Indian journal of veterinary science and animal husbandry - Volumes 22-23, 1952-1953
Year: 1952
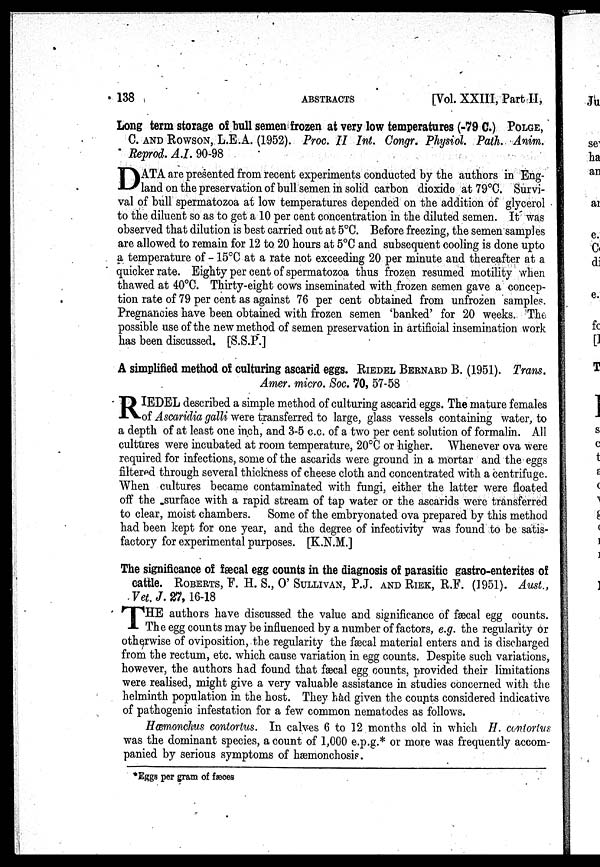
138
ABSTRACTS
[Vol. XXIII, Part II,
Long term storage of bull semen frozen at very low temperatures (-79 C.) POLGE,
C. AND ROWSON, L.E.A. (1952). Proc. II Int. Congr. Physiol. Path. Anim.
Reprod. A.I. 90-98
D ATA are presented from recent experiments conducted by the authors in Eng-
land on the preservation of bull semen in solid carbon dioxide at 79°C. Survi-
val of bull spermatozoa at low temperatures depended on the addition of glycerol
to the diluent so as to get a 10 per cent concentration in the diluted semen. It was
observed that dilution is best carried out at 5°C. Before freezing, the semen samples
are allowed to remain for 12 to. 20 hours at 5°C and subsequent cooling is done upto
a temperature of -15°C at a rate not exceeding 20 per minute and thereafter at a
quicker rate. Eighty per cent of spermatozoa thus frozen resumed motility when
thawed at 40°C. Thirty-eight cows inseminated with frozen semen gave a concep-
tion rate of 79 per cent as against 76 per cent obtained from unfrozen samples.
Pregnancies have been obtained with frozen semen 'banked' for 20 weeks. The
possible use of the new method of semen preservation in artificial insemination work
has been discussed. [S.S.P.]
A simplified method of culturing ascarid eggs. RIEDEL BERNARD B. (1951). Trans.
Amer. micro. Soc. 70, 57-58
R IEDEL described a simple method of culturing ascarid eggs. The mature females
of Ascaridia galli were transferred to large, glass vessels containing water, to
a depth of at least one inch, and 3-5 c.c. of a two per cent solution of formalin. All
cultures were incubated at room temperature, 20°C or higher. Whenever ova were
required for infections, some of the ascarids were ground in a mortar and the eggs
filtered through several thickness of cheese cloth and concentrated with a centrifuge.
When cultures became contaminated with fungi, either the latter were floated
off the surface with a rapid stream of tap water or the ascarids were transferred
to clear, moist chambers. Some of the embryonated ova prepared by this method
had been kept for one year, and the degree of infectivity was found to be satis-
factory for experimental purposes. [K.N.M.]
The significance of fæcal egg counts in the diagnosis of parasitic gastro-enterites of
cattle. ROBERTS, F. H. S., O' SULLIVAN, P.J. AND RIEK, R.F. (1951). Aust.,
Vet. J. 27, 16-18
T HE authors have discussed the value and significance of fæcal egg counts.
The egg counts may be influenced by a number of factors, e.g. the regularity or
otherwise of oviposition, the regularity the fæcal material enters and is discharged
from the rectum, etc. which cause variation in egg counts. Despite such variations,
however, the authors had found that fæcal egg counts, provided their limitations
were realised, might give a very valuable assistance in studies concerned with the
helminth population in the host. They had given the counts considered indicative
of pathogenic infestation for a few common nematodes as follows.
Hæmonchus contortus. In calves 6 to 12 months old in which H. contortus
was the dominant species, a count of 1,000 e.p.g.* or more was frequently accom-
panied by serious symptoms of hæmonchosis.
*Eggs per gram of fæces